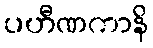
ပဟီဏကာနိ